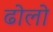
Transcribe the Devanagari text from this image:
ढोलो